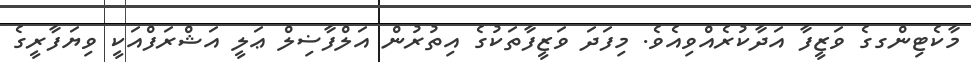
މާކެޓިންގގެ ވަޒީފާ އަދާކުރެއްވިއެވެ. މިފަދަ ވަޒީފާތަކުގެ އިތުރުން އަލްފާޟިލް ޢަލީ އަޝްރަފްއަކީ ވިޔަފާރީގެ